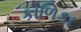
કાળિકા